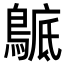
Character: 𪂰